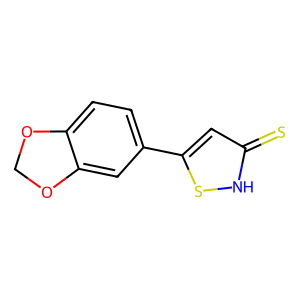
SMILES: S=c1cc(-c2ccc3c(c2)OCO3)s[nH]1
Inhibits HIV replication: No